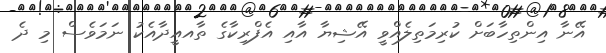
އޭނާ އިންތިހާބަށް ކުރިމަތިލެއްވީ އޭޝިޔާ އާއި އެފްރިކާގެ ތާއއީދާއެކު ނަމަވެސް މި ދެ